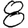
Digit: 8